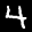
Label: 4